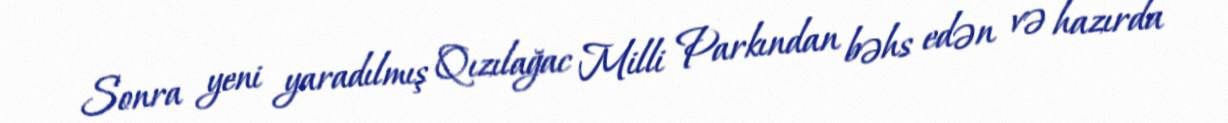
Sonra yeni yaradılmış Qızılağac Milli Parkından bəhs edən və hazırda